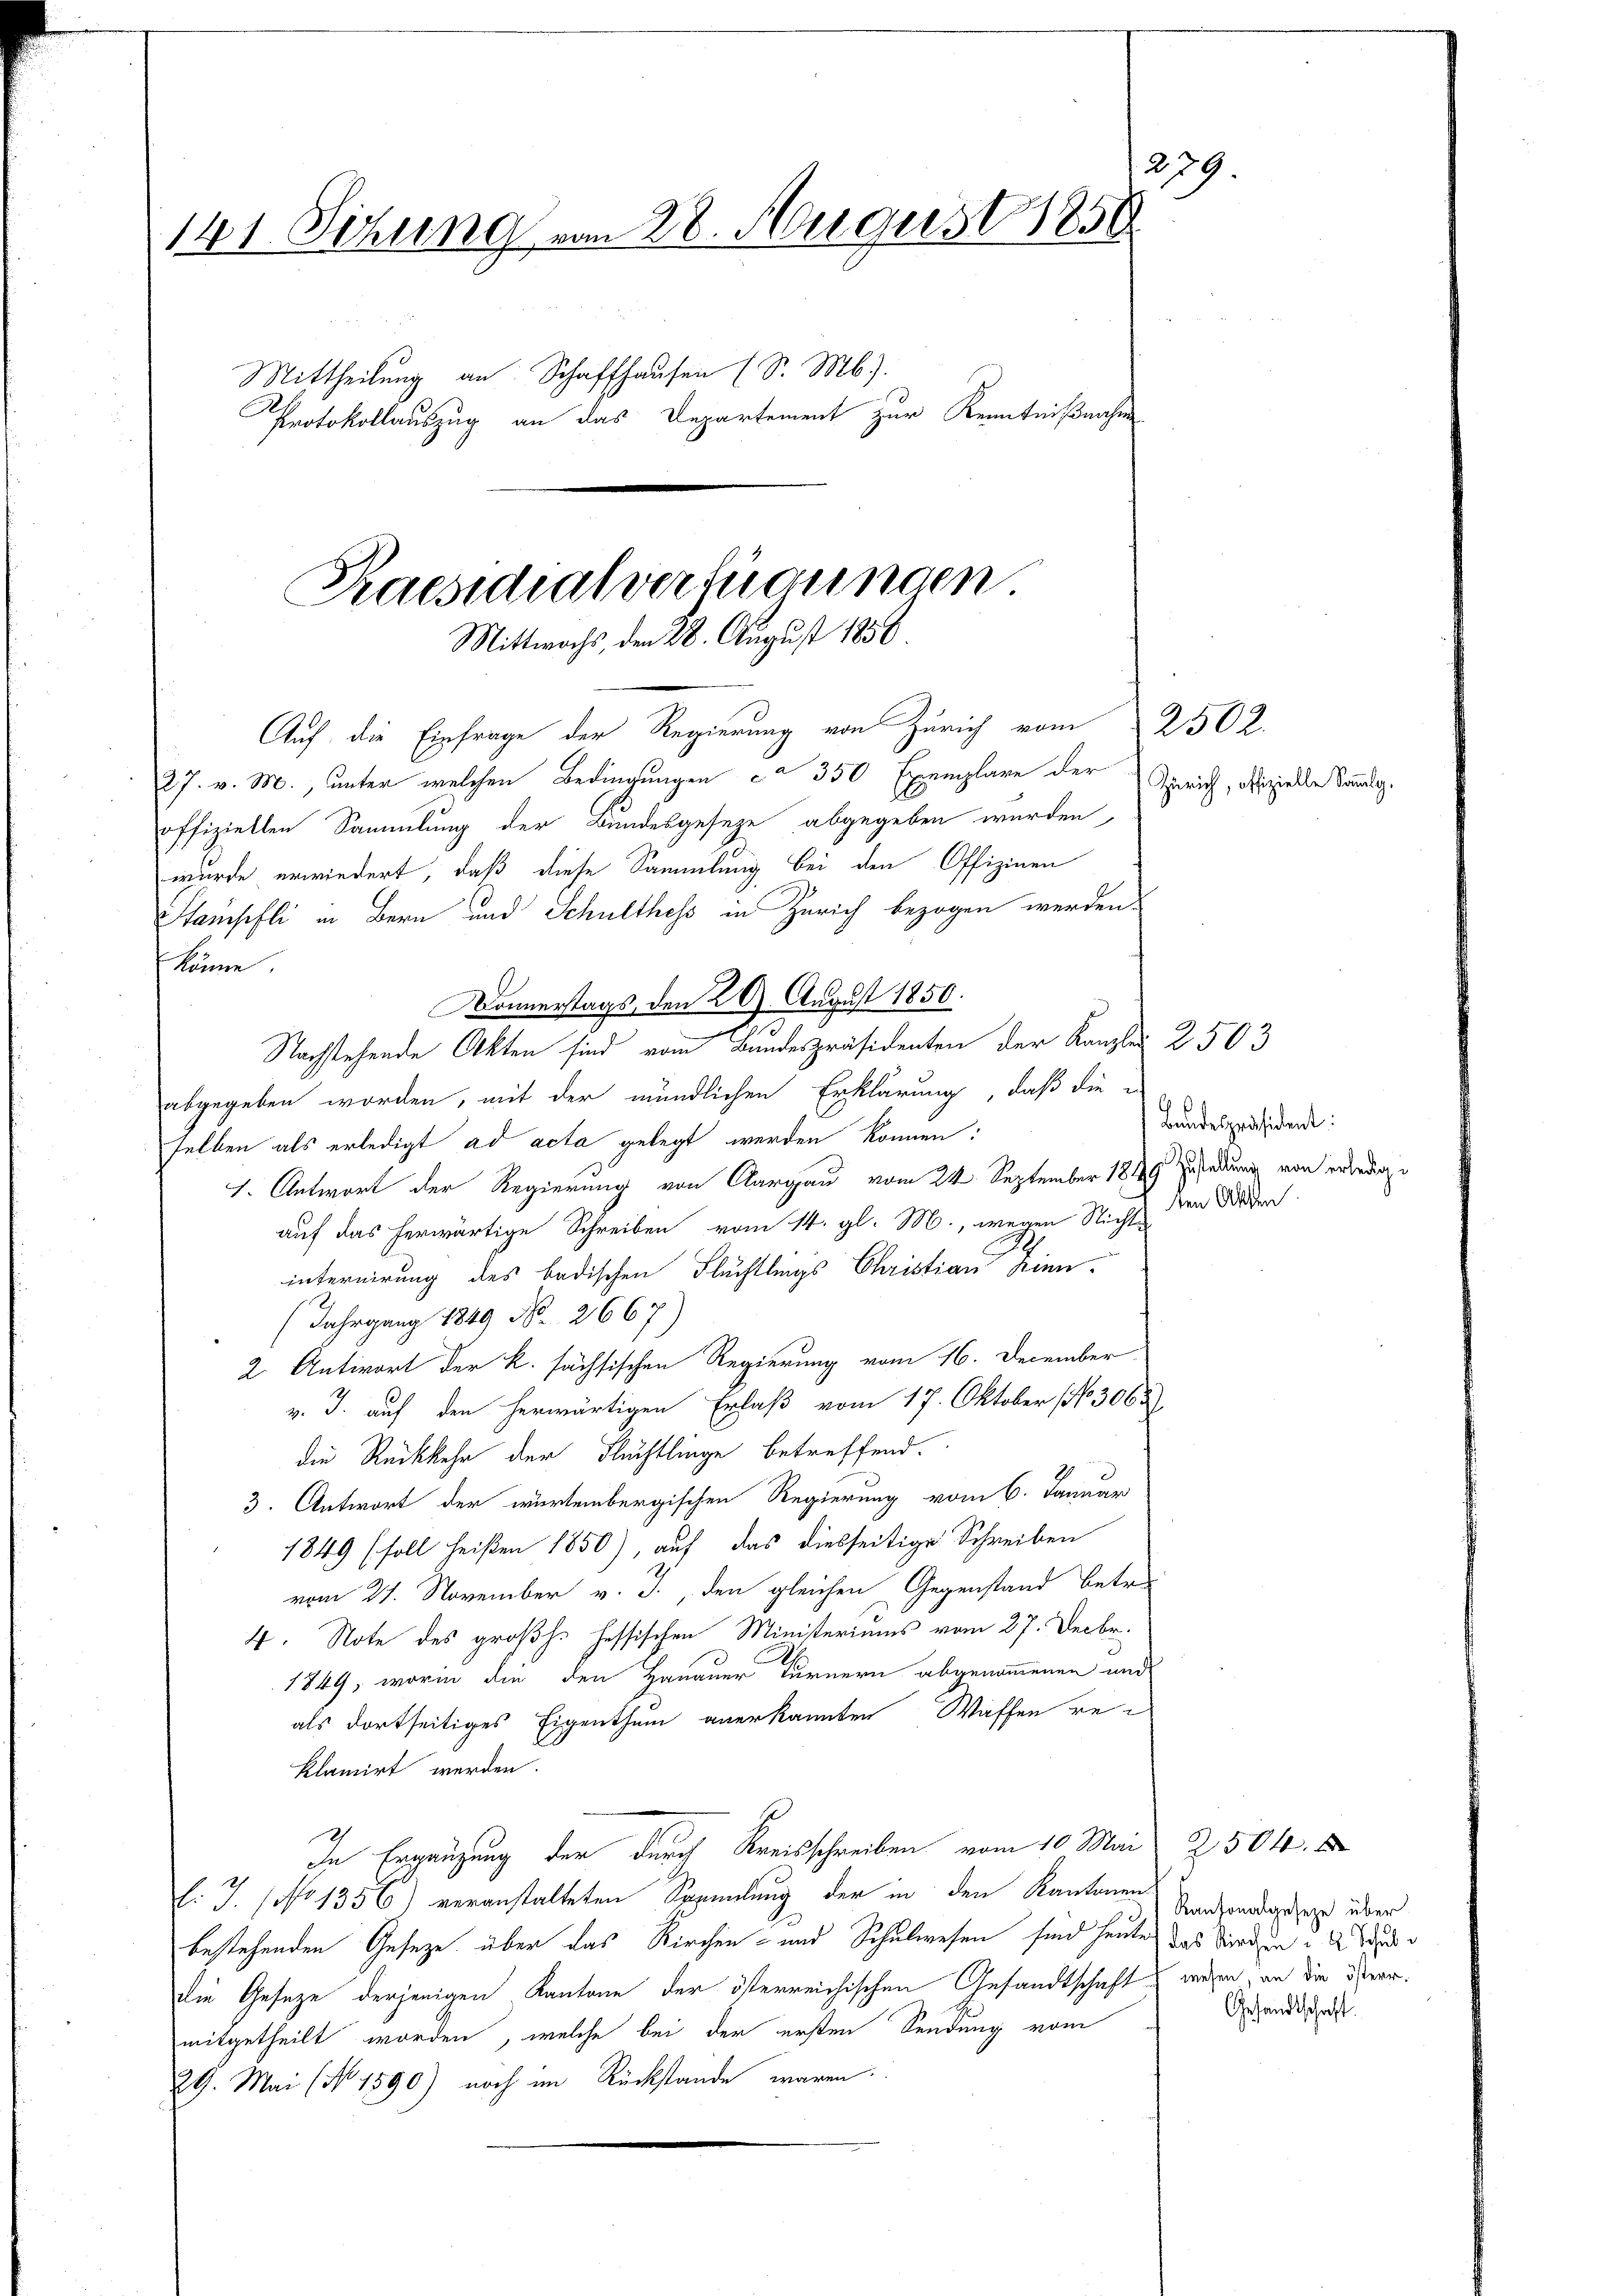
239.
141. Sitzung vom 28. August 1858
Mittheilung an Schaffhausen (S. Mb).
Protokollauszug an das Departement zur Kenntnißnahm

Auf die Einfrage der Regierung von Zürich vom 2502.

Praesidialverfügungen
Mittwochs, den 28. August 1858.

abgegeben worden, mit der mündlichen Erklärung, daß die
selben als erledigt ad acta gelegt werden können:
1. Antwort der Regierung von Aargau vom 24. September 1849 zu findung von erledige
auf das herwärtige Schreiben vom 14. gl. M., wegen Nicht
internirung des badischen Flüchtlings Christian Kien-
(Jahrgang 1849 No. 2667)
2. Antwort der k. sächsischen Regierung vom 16. December
v. J. auf den herwärtigen Erlaß vom 17. Oktober No 306
die Rückkehr der Fluchtlinge betreffend.
3. Antwort der würtembergischen Regierung vom 6. Januar
1849 (soll heißen 1850), auf das diesseitige Schreiben
vom 21. November v. J., den gleichen Gegenstand betr.
4. Note des großh. Hessischen Ministeriums vom 27. Decbr.
1849, worin die den Hanauer Turnern abgenommenen und
als dortseitiges Eigenthum anerkannten Waffen reklamirt werden.
In Ergänzung der durch Kreisschreiben vom 10. Mai 2504.
l. J. (No 1356) veranstalteten Sammlung der in den Kantonen
bestehenden Gesetze über das Kirchen- und Schulwesen sind heute das Morden
die Gesetze derjenigen Kantone der österreichischen Gesandtschaft
mitgetheilt worden, welche bei der ersten Sendung vom
29. Mai (N. 1590) noch im Rückstande waren.

27. v. M., unter welchen Bedingungen ca 350 Exemplare der
offiziellen Sammlung der Bundesgeseze abgegeben wurden,
wurde erwiedert, daß diese Sammlung bei den Offizinen
Hausfli in Bern und Schulthess in Zürich bezogen werden.

könne.
Donnerstags, den 29. August 1850.
Nachstehende Akten sind vom Bundespräsidenten der Kanzler 2503

Zürich, offizielle Sammlg.

Bandespräsident:
den Akten.

Kantonalgeseze über
wesen, an die österr.
Gesandtschaft.